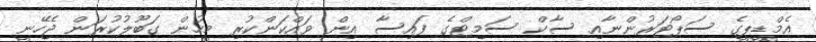
އެމްޑީޕީގެ ސަޕޯޓަރުންނާއި ސާކް ސަމިޓްގެ ފައިސާ އިން ވައްކަންކުރި މީހުން ގަބޫލުކުރަން ޖެހޭނީ